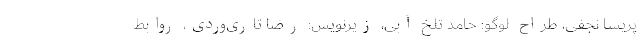
پریسا نجفی، طراح لوگو: حامد تلخ آبی، زیرنویس: رضا تاری‌وردی، روابط